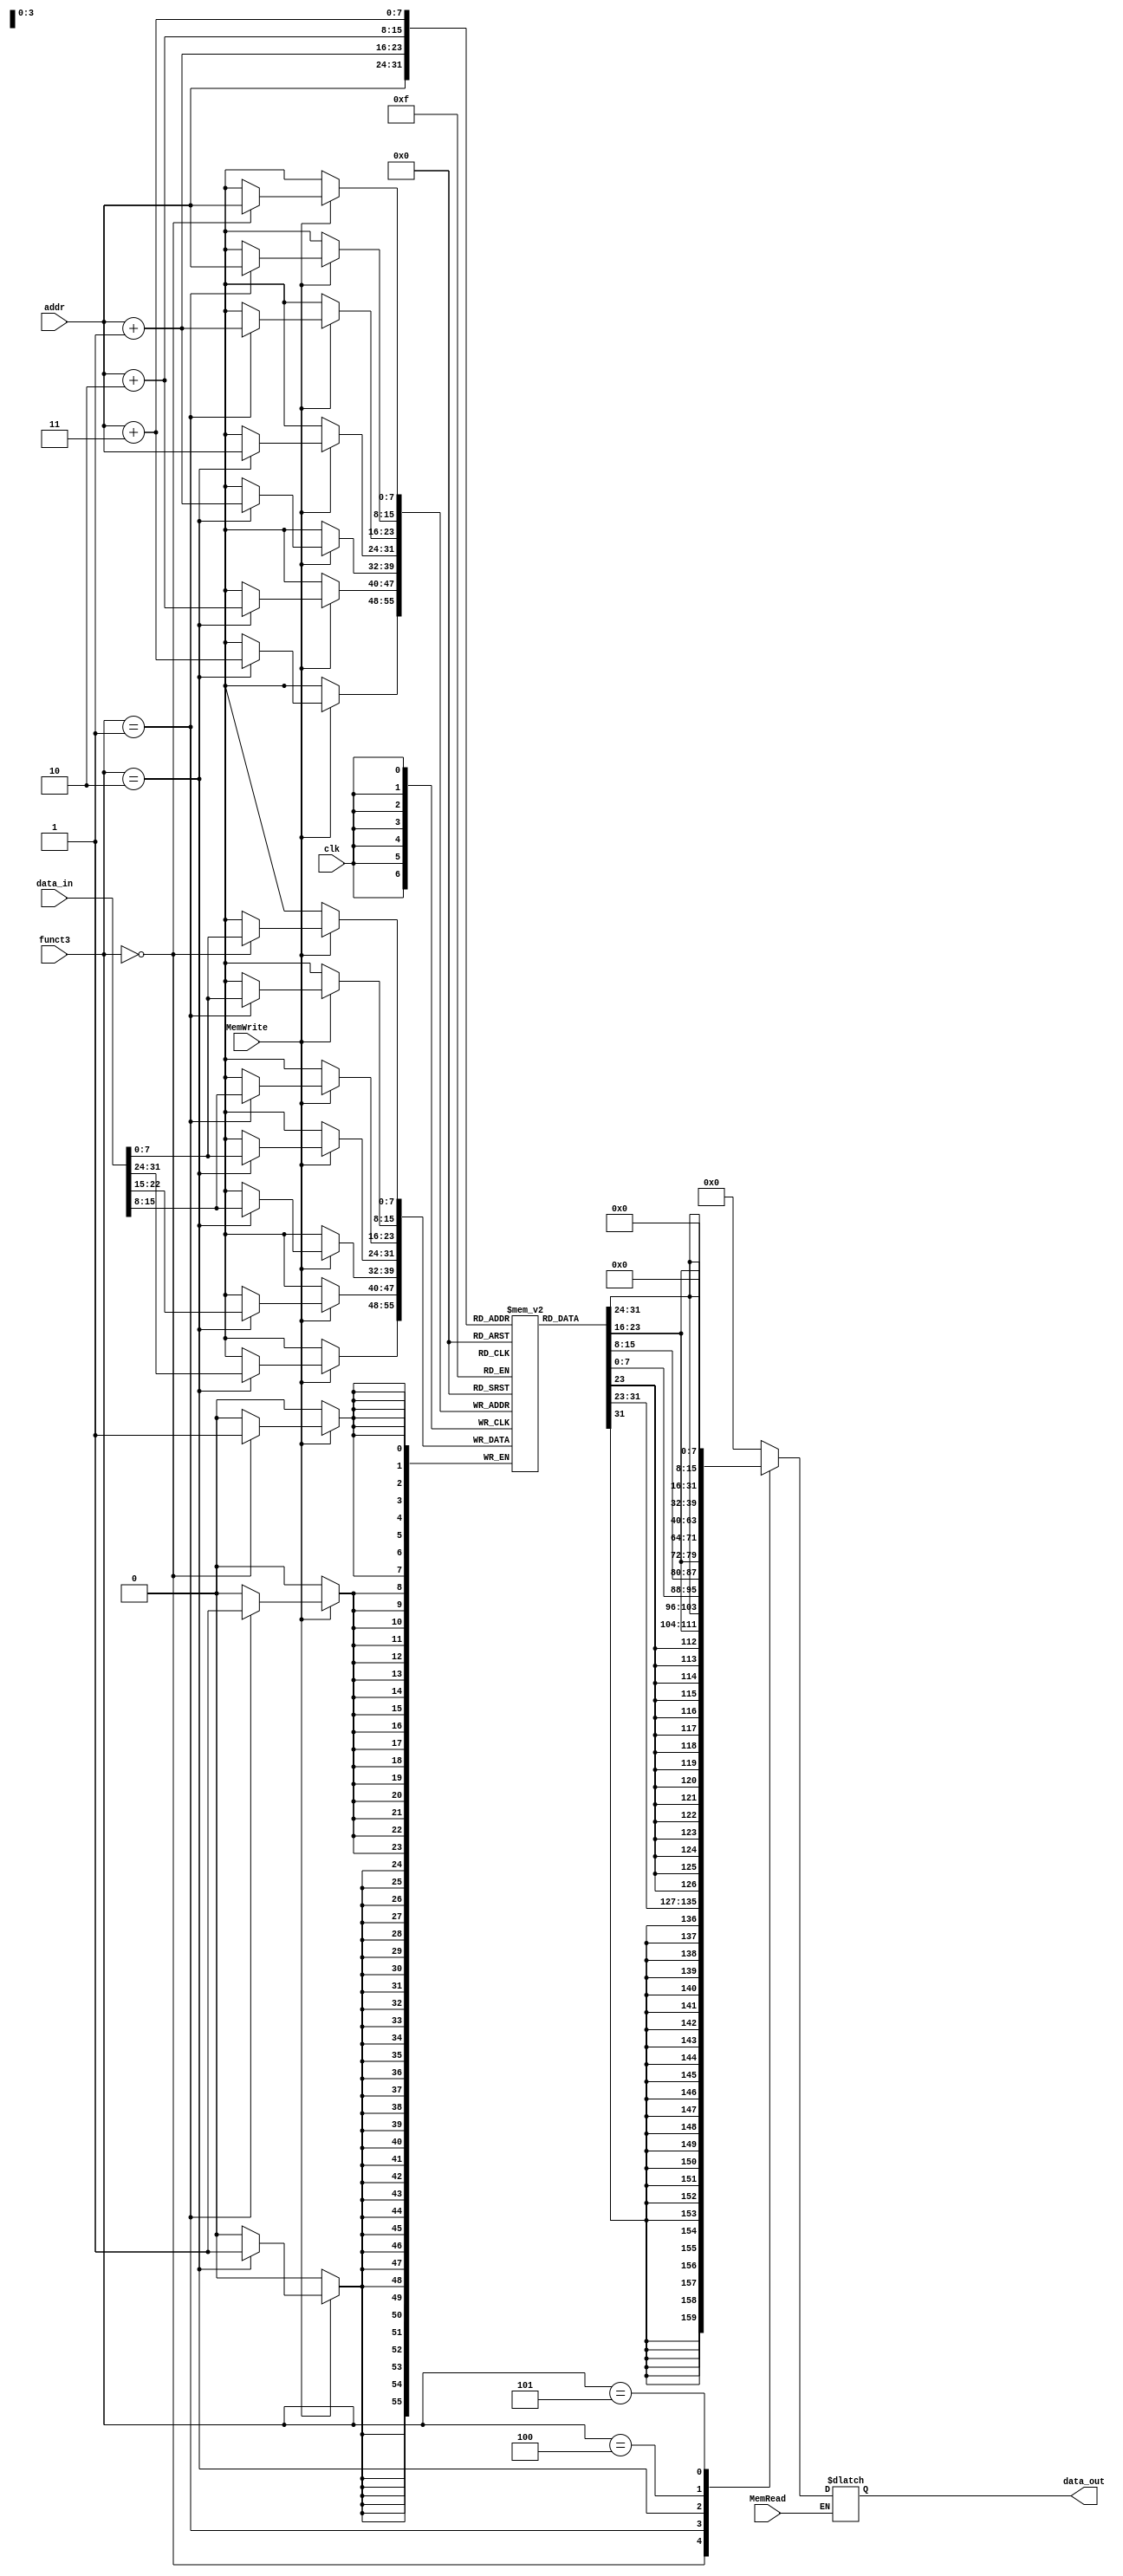
`timescale 1ns / 1ps
//////////////////////////////////////////////////////////////////////////////////
// Company: 
// Engineer: 
// 
// Design Name: 
// Module Name: DataMem
// Project Name: 
// Target Devices: 
// Tool Versions: 
// Description: 
// 
// Dependencies: 
// 
// Revision:
// Revision 0.01 - File Created
// Additional Comments:
// 
//////////////////////////////////////////////////////////////////////////////////


module DataMem (
    input clk, 
    input MemRead, 
    input MemWrite,
    input [2:0] funct3,
    input [7:0] addr, 
    input [31:0] data_in, 
    output reg [31:0] data_out
    );
    //reg [31:0] mem [0:63];
    reg [7:0] mem [0:255];
    initial begin
//        mem[0]=32'd17;
//        mem[1]=32'd0; 
//        mem[2]=32'd0; 
//        mem[3]=32'd0; 

//        mem[4]=32'd9; 
//        mem[5]=32'd0;  
//        mem[6]=32'd0; 
//        mem[7]=32'd0; 

//        mem[8]=32'd25;
//        mem[9]=32'd0; 
//        mem[10]=32'd0; 
//        mem[11]=32'd0; 

        mem[0]=32'd149; //  10010101
        mem[1]=32'd137; //  10001001
        mem[2]=32'd89;  //  01011001
        mem[3]=32'd74;  //  01001010
    end
    always @(posedge clk) begin
        if(MemWrite == 1)
            begin
               case(funct3) 
                  3'b000: mem[addr] = data_in[7:0]; //sb
                  3'b001: 
                      begin 
                        mem[addr] = data_in[7:0]; //sh
                        mem[addr+1] = data_in[15:8];
                      end
                  3'b010:
                       begin 
                        mem[addr] = data_in[7:0]; //sw
                        mem[addr+1] = data_in[15:8];
                        mem[addr+2] = data_in[23:15];
                        mem[addr+3] = data_in[31:24];
                       end
                endcase
            end 
    end
    
    always @(*) begin
             if (MemRead) 
             begin
                begin
                    case(funct3)
                        3'b000: data_out <= {{24{mem[addr][7]}},mem[addr]};//lb
                        3'b001: data_out <= {{16{mem[addr+1][7]}},mem[addr+1],mem[addr]};//lh       
                        3'b010: data_out <= {mem[addr+3],mem[addr+2],mem[addr+1],mem[addr]};//lw         
                        3'b100: data_out <= {24'd0,mem[addr]};//lbu
                        3'b101: data_out <= {16'd0,mem[addr+1],mem[addr]};//lhu
                        default: data_out <= 0;
                    endcase 
                end
            end
        
    end
endmodule